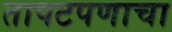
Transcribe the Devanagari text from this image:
तापटपणाचा